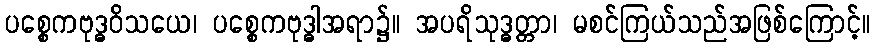
ပစ္စေကဗုဒ္ဓဝိသယေ၊ ပစ္စေကဗုဒ္ဓါအရာ၌။ အပရိသုဒ္ဓတ္တာ၊ မစင်ကြယ်သည်အဖြစ်ကြောင့်။